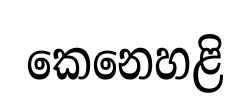
කෙනෙහළි